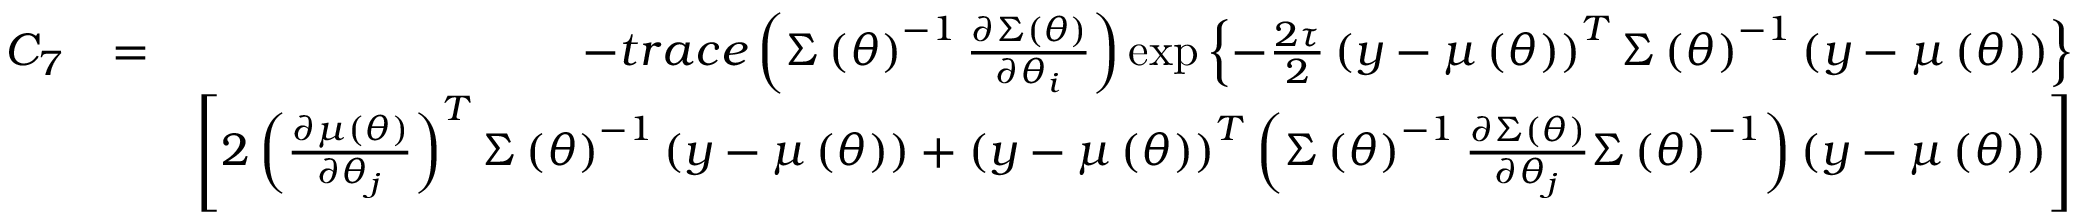
\begin{array} { r l r } { C _ { 7 } } & { = } & { - t r a c e \left( \boldsymbol { \Sigma } \left( \boldsymbol { \theta } \right) ^ { - 1 } \frac { \partial \boldsymbol { \Sigma } \left( \boldsymbol { \theta } \right) } { \partial \theta _ { i } } \right) \exp \left\{ - \frac { 2 \tau } { 2 } \left( \boldsymbol { y } - \boldsymbol { \mu } \left( \boldsymbol { \theta } \right) \right) ^ { T } \boldsymbol { \Sigma } \left( \boldsymbol { \theta } \right) ^ { - 1 } \left( \boldsymbol { y } - \boldsymbol { \mu } \left( \boldsymbol { \theta } \right) \right) \right\} } \\ & { } & { \left[ 2 \left( \frac { \partial \boldsymbol { \mu } \left( \boldsymbol { \theta } \right) } { \partial \theta _ { j } } \right) ^ { T } \boldsymbol { \Sigma } \left( \boldsymbol { \theta } \right) ^ { - 1 } \left( \boldsymbol { y } - \boldsymbol { \mu } \left( \boldsymbol { \theta } \right) \right) + \left( \boldsymbol { y } - \boldsymbol { \mu } \left( \boldsymbol { \theta } \right) \right) ^ { T } \left( \boldsymbol { \Sigma } \left( \boldsymbol { \theta } \right) ^ { - 1 } \frac { \partial \boldsymbol { \Sigma } \left( \boldsymbol { \theta } \right) } { \partial \theta _ { j } } \boldsymbol { \Sigma } \left( \boldsymbol { \theta } \right) ^ { - 1 } \right) \left( \boldsymbol { y } - \boldsymbol { \mu } \left( \boldsymbol { \theta } \right) \right) \right] } \end{array}